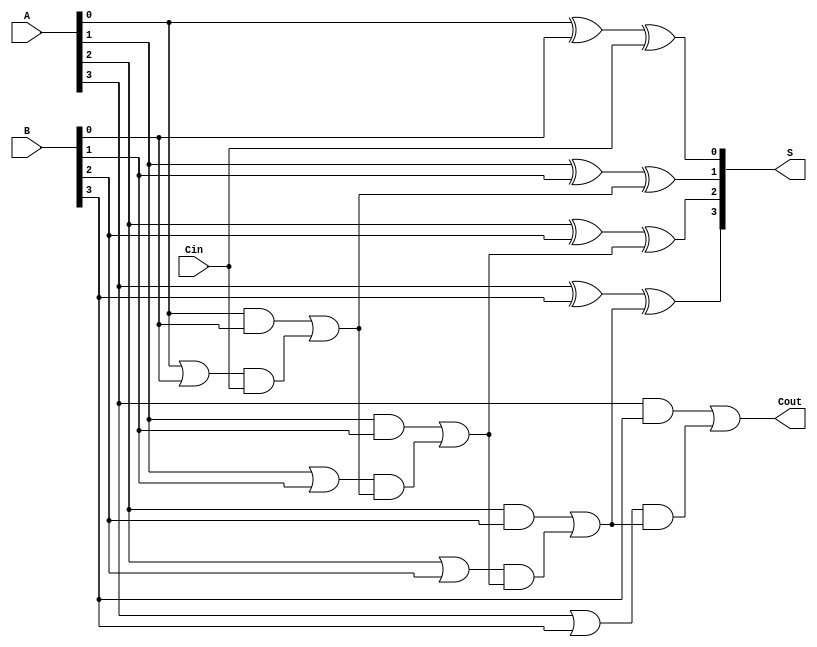
module VariableLatencyCLA #(parameter N = 4) (
    input  wire [N-1:0] A,      // First n-bit input
    input  wire [N-1:0] B,      // Second n-bit input
    input  wire Cin,             // Carry-in
    output wire [N-1:0] S,       // n-bit sum output
    output wire Cout             // Carry-out
);

    // Generate and Propagate signals
    wire [N-1:0] G; // Generate
    wire [N-1:0] P; // Propagate
    wire [N:0] C;   // Carry bits

    // Generate and Propagate calculations
    genvar i;
    generate
        for (i = 0; i < N; i = i + 1) begin : gen_prop
            assign G[i] = A[i] & B[i]; // Generate
            assign P[i] = A[i] | B[i]; // Propagate
        end
    endgenerate

    // Carry calculations
    assign C[0] = Cin; // Initial carry-in
    generate
        for (i = 0; i < N; i = i + 1) begin : carry_calc
            assign C[i+1] = G[i] | (P[i] & C[i]); // Carry propagation
        end
    endgenerate

    // Sum calculations
    generate
        for (i = 0; i < N; i = i + 1) begin : sum_calc
            assign S[i] = A[i] ^ B[i] ^ C[i]; // Sum
        end
    endgenerate

    // Carry-out
    assign Cout = C[N];

endmodule